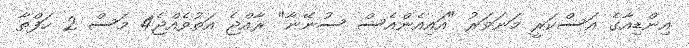
އިންޑިއާގެ އަސްކަރީ މަނަވަރު "އައިއެންއެސް ސުނޭނާ" ރާއްޖެ އަތުވެއްޖެ4 މަސް 2 ހަފްތާ